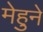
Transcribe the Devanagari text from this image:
मेहुने